Lunatic asylums in Bengal annual reports 1888-1898 - 1888-1898
Year: 1888
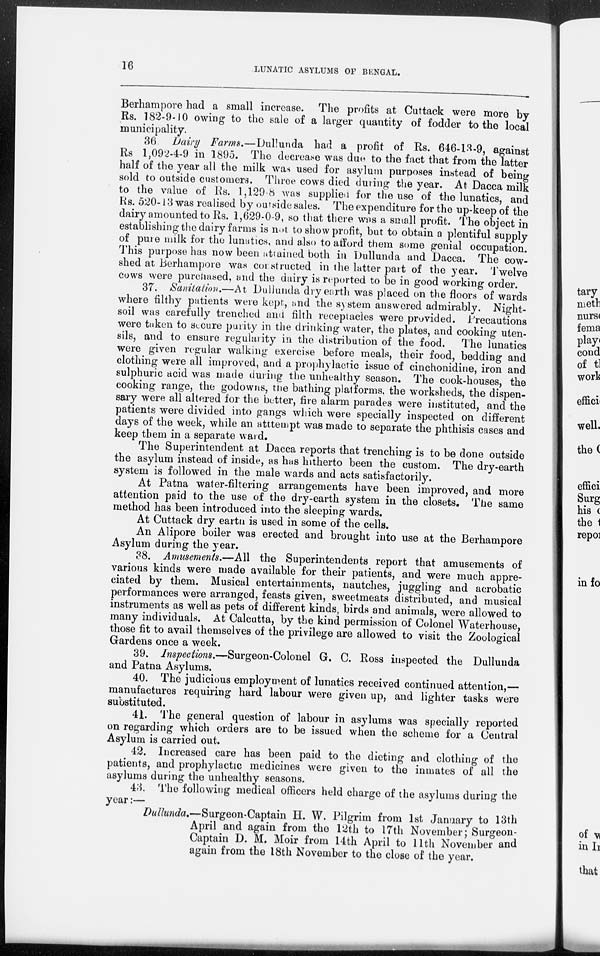
16
LUNATIC ASYLUMS OF BENGAL.
Berhampore had a small increase. The profits at Cuttack were more by
Rs. 182-9-10 owing to the sale of a larger quantity of fodder to the local
municipality.
36 Dairy Farms.—Dullunda
had a profit of Rs. 646-13-9, against
Rs 1,092-4-9 in 1895. The decrease was due to the fact that from the latter
half of the year all the milk was used for asylum purposes instead of being
sold to outside customers. Three cows died during the year. At Dacca milk
to the value of Rs. 1,129 8 was supplied for the use of the lunatics, and
Rs. 520-13 was realised by outside sales. The expenditure for the up-keep of the
dairy amounted to Rs. 1,629-0-9, so that there was a small profit. The object in
establishing the dairy farms is not to show profit, but to obtain a plentiful supply
of pure milk for the lunatics, and also to afford them some genial occupation.
This purpose has now been attained both in Dullunda and Dacca. The cow-
shed at Berhampore was constructed in the latter part of the year. Twelve
cows were purchased, and the dairy is reported to be in good working order.
37. Sanitation.—At Dullunda dry earth was placed on the floors of wards
where filthy patients were kept, and the system answered admirably. Night-
soil was carefully trenched and filth receptacles were provided. Precautions
were taken to secure purity in the drinking water, the plates, and cooking uten-
sils, and to ensure regularity in the distribution of the food.
The lunatics
were given regular walking exercise before meals, their food, bedding and
clothing were all improved, and a prophylactic issue of cinchonidine, iron and
sulphuric acid was made during the unhealthy season. The cook-houses, the
cooking range, the godowns, the bathing platforms, the worksheds, the dispen-
sary were all altered for the better, fire alarm parades were instituted, and the
patients were divided into gangs which were specially inspected on different
days of the week, while an atttempt was made to separate the phthisis cases and
keep them in a separate ward.
The Superintendent at Dacca reports that trenching is to be done outside
the asylum instead of inside, as has hitherto been the custom. The dry-earth
system is followed in the male wards and acts satisfactorily.
At Patna water-filtering arrangements have been improved, and more
attention paid to the use of the dry-earth system in the closets. The same
method has been introduced into the sleeping wards.
At Cuttack dry earth is used in some of the cells.
An Alipore boiler was erected and brought into use at the Berhampore
Asylum during the year.
38. Amusements.—All the Superintendents report that amusements of
various kinds were made available for their patients, and were much appre-
ciated by them. Musical entertainments, nautches, juggling and acrobatic
performances were arranged, feasts given, sweetmeats distributed, and musical
instruments as well as pets of different kinds, birds and animals, were allowed to
many individuals. At Calcutta, by the kind permission of Colonel Waterhouse,
those fit to avail themselves of the privilege are allowed to visit the Zoological
Gardens once a week.
39. Inspections.—Surgeon-Colonel
G. C. Ross inspected the Dullunda
and Patna Asylums.
40. The judicious employment of lunatics received continued attention,—
manufactures requiring hard labour were given up, and lighter tasks were
substituted.
41. The general question of labour in asylums was specially reported
on regarding which orders are to be issued when the scheme for a Central
Asylum is carried out.
42. Increased care has been paid to the dieting and clothing of the
patients, and prophylactic medicines were given to the inmates of all the
asylums during the unhealthy seasons.
43. The following medical officers held charge of the asylums during the
year:—
Dullunda.—Surgeon-Captain
H. W. Pilgrim from 1st January to 13th
April and again from the 12th to 17th November; Surgeon-
Captain D. M. Moir from 14th April to 11th November and
again from the 18th November to the close of the year.